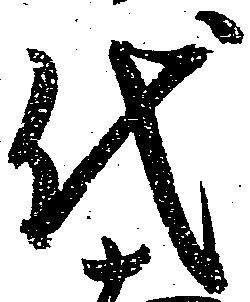
代